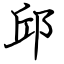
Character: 邱